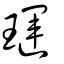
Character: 璭